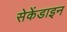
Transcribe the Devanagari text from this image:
सेकेंडाइन